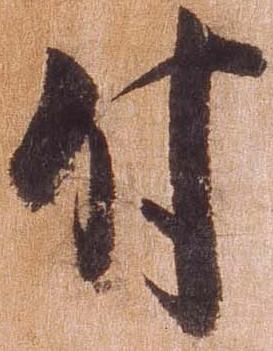
付